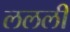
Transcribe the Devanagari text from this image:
ललली